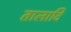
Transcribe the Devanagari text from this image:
तालादि